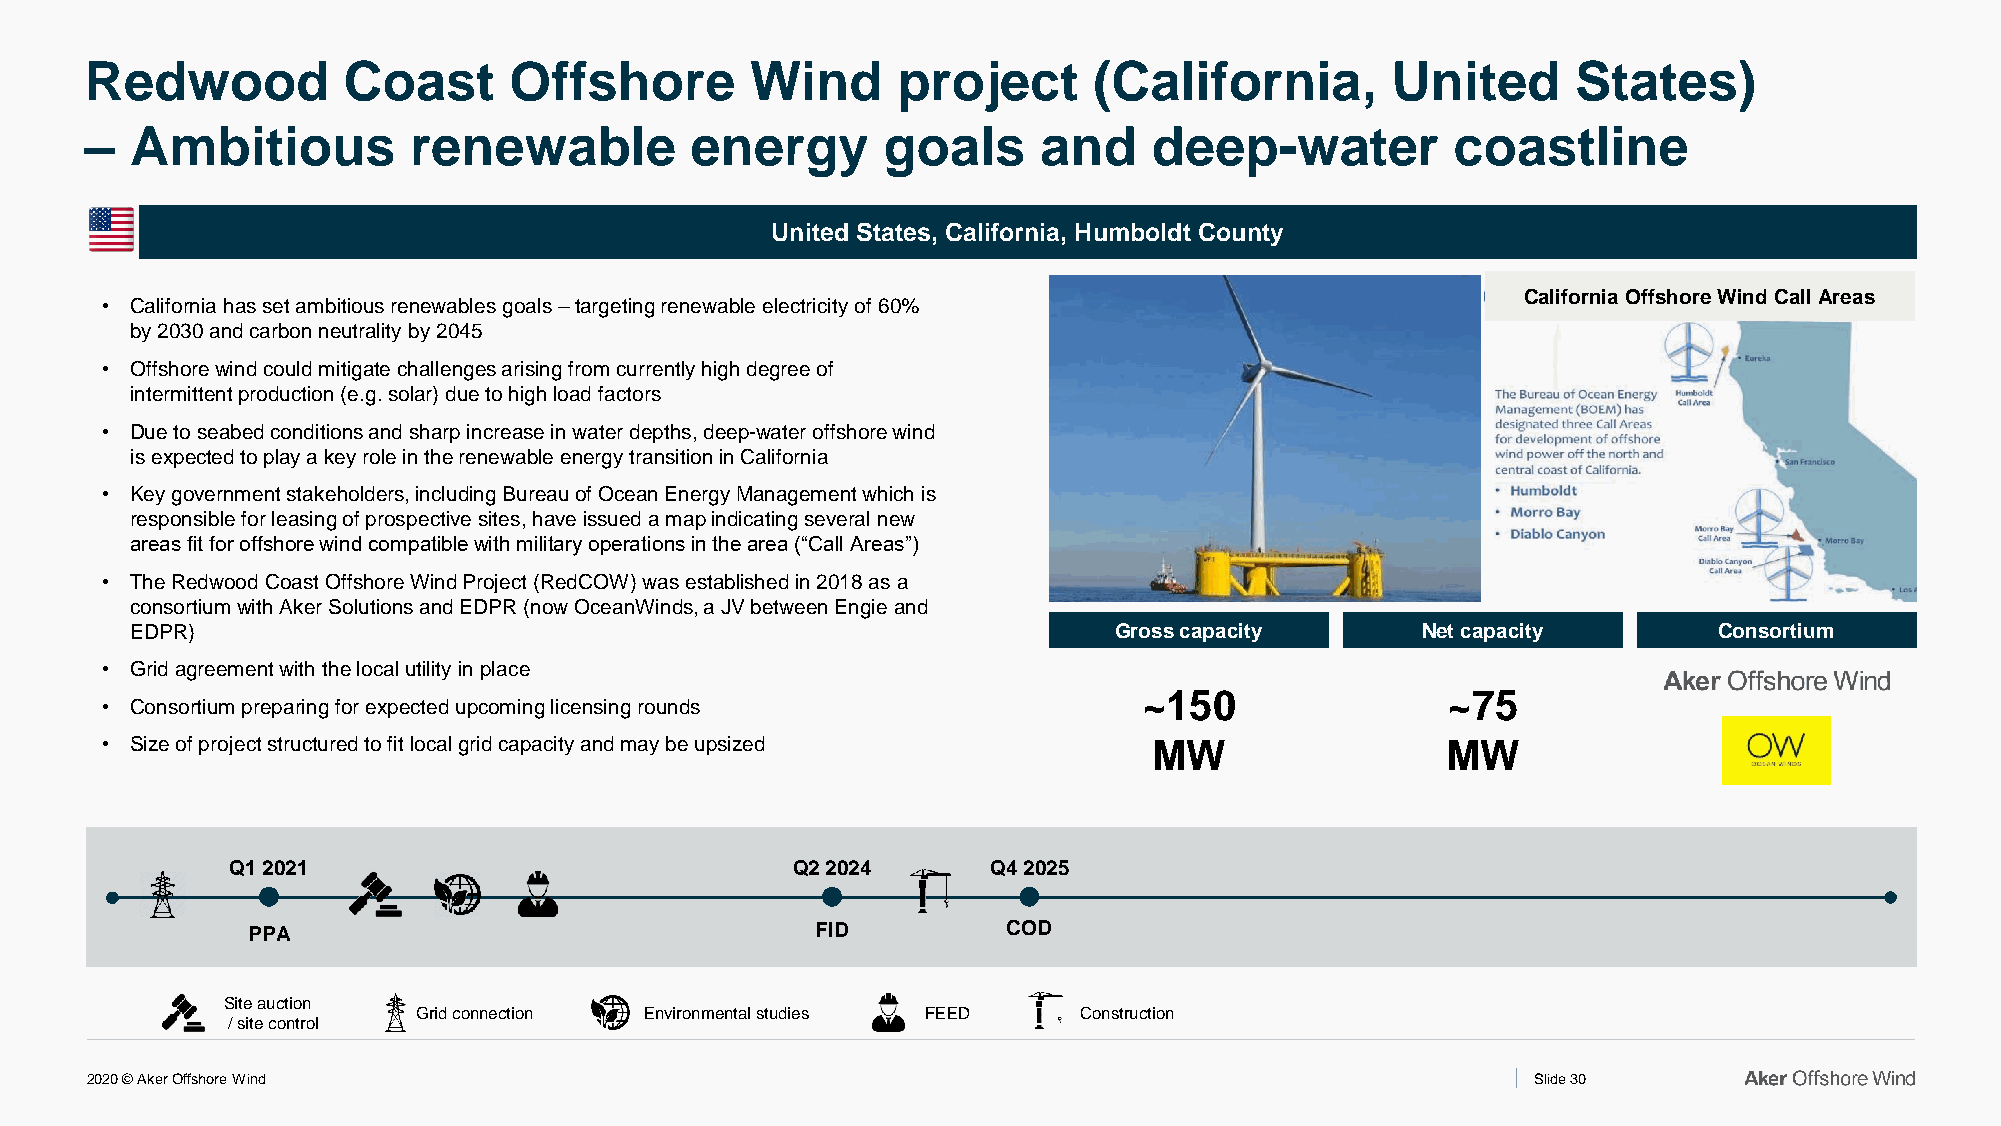
Redwood          Coast      Offshore        Wind     project      (California,        United      States)
 –  Ambitious         renewable          energy      goals      and    deep-water          coastline
 United States, California, Humboldt County
 California Offshore Wind Call Areas
 • California has set ambitious renewables goals –targeting renewable electricity of 60%
 by 2030 and carbon neutrality by 2045
 • Offshore wind could mitigate challenges arising from currently high degree of
 intermittent production (e.g. solar) due to high load factors
 • Due to seabed conditions and sharp increase in water depths, deep-water offshore wind
 is expected to play a key role in the renewable energy transition in California
 • Key government stakeholders, including Bureau of Ocean Energy Management which is
 responsible for leasing of prospective sites, have issued a map indicating several new
 areas fit for offshore wind compatible with military operations in the area (“Call Areas”)
 • The Redwood Coast Offshore Wind Project (RedCOW) was established in 2018 as a
 consortium with Aker Solutions and EDPR (now OceanWinds, a JV between Engie and
 EDPR)                                                            Gross capacity      Net capacity        Consortium
 • Grid agreement with the local utility in place
 ~150                ~75
 • Consortium preparing for expected upcoming licensing rounds
 • Size of project structured to fit local grid capacity and may be upsized MW            MW
 Q1 2021                              Q2 2024       Q4 2025
 PPA                                   FID          COD
 Site auction
 Grid connection Environmental studies FEED Construction
 / site control
 2020 © Aker Offshore Wind                                                                       Slide 30